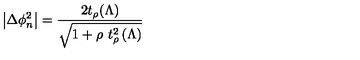
\left| \Delta \phi _ { n } ^ { 2 } \right| = \frac { 2 t _ { \rho } ( \Lambda ) } { \sqrt { 1 + \rho \ t _ { \rho } ^ { 2 } \left( \Lambda \right) } }